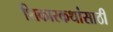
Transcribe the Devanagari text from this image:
शिकारकथांसाठी